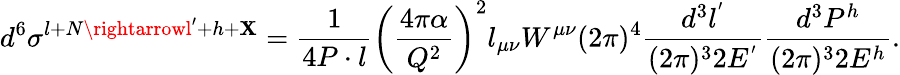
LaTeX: d^{6}\sigma^{l+N\rightarrowl^{\prime}+h+\mathbf{X}}=\frac{{1}}{{4P\cdot{l}}}\left(\frac{{4\pi\alpha}}{{Q^{2}}}\right)^{2}l_{\mu\nu}W^{\mu\nu}(2\pi)^{4}\frac{{d^{3}l^{'}}}{{(2\pi)^{3}2E^{'}}}\frac{{d^{3}P^{h}}}{{(2\pi)^{3}2E^{h}}}.